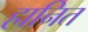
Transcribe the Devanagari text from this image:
हानित